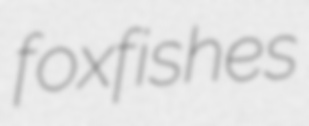
foxfishes